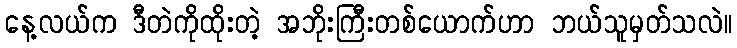
နေ့လယ်က ဒီတဲကိုထိုးတဲ့ အဘိုးကြီးတစ်ယောက်ဟာ ဘယ်သူမှတ်သလဲ။